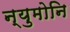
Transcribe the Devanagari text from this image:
न्युमोनि